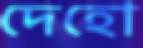
দেহো